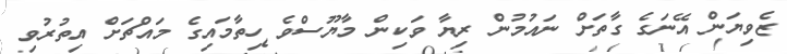
ޒެވިޔަން އޭނަގެ ގާތަށް ނައުމުން ރިޔާ ވަކިން މާޔޫސްވެ ހިތާމައިގެ މައްޗަށް އިތުރުވި